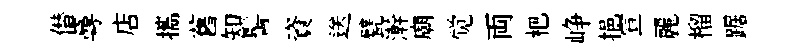
僣蕚店攜舊知髻資送甓澣廟觉両杷峥挹宣麗榴踞